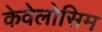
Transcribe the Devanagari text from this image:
केवेलोसिम